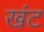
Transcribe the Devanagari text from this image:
खंट